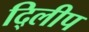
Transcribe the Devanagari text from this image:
दि्लीप